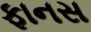
ફાનસ